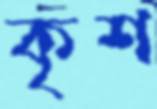
কৃশ